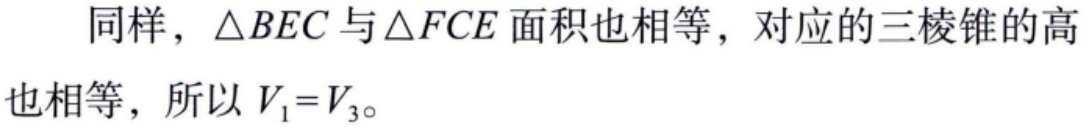
同样，$\triangle BEC$与$\triangle FCE$面积也相等，对应的三棱锥的高也相等，所以$V_{1}=V_{3}$。